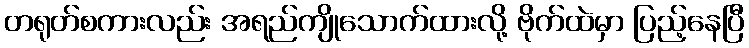
တရုတ်စကားလည်း အရည်ကျိုသောက်ထားလို့ ဗိုက်ထဲမှာ ပြည့်နေပြီ